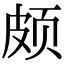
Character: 颇